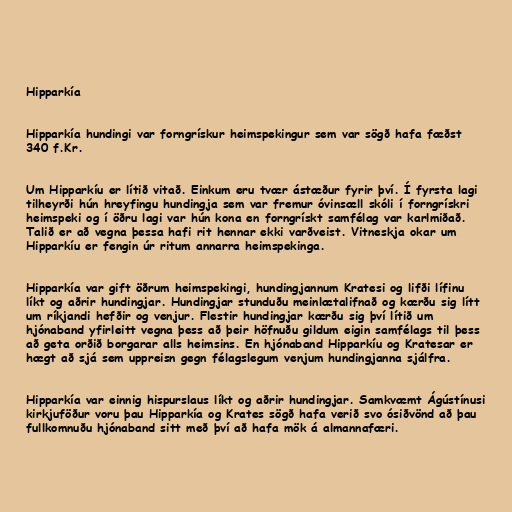
Hipparkía

Hipparkía hundingi var forngrískur heimspekingur sem var sögð hafa fæðst
340 f.Kr.

Um Hipparkíu er lítið vitað. Einkum eru tvær ástæður fyrir því. Í fyrsta lagi
tilheyrði hún hreyfingu hundingja sem var fremur óvinsæll skóli í forngrískri
heimspeki og í öðru lagi var hún kona en forngrískt samfélag var karlmiðað.
Talið er að vegna þessa hafi rit hennar ekki varðveist. Vitneskja okar um
Hipparkíu er fengin úr ritum annarra heimspekinga.

Hipparkía var gift öðrum heimspekingi, hundingjannum Kratesi og lifði lífinu
líkt og aðrir hundingjar. Hundingjar stunduðu meinlætalifnað og kærðu sig lítt
um ríkjandi hefðir og venjur. Flestir hundingjar kærðu sig því lítið um
hjónaband yfirleitt vegna þess að þeir höfnuðu gildum eigin samfélags til þess
að geta orðið borgarar alls heimsins. En hjónaband Hipparkíu og Kratesar er
hægt að sjá sem uppreisn gegn félagslegum venjum hundingjanna sjálfra.

Hipparkía var einnig hispurslaus líkt og aðrir hundingjar. Samkvæmt Ágústínusi
kirkjuföður voru þau Hipparkía og Krates sögð hafa verið svo ósiðvönd að þau
fullkomnuðu hjónaband sitt með því að hafa mök á almannafæri.